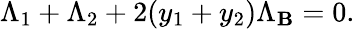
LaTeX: \Lambda_{1}+\Lambda_{2}+2(y_{1}+y_{2})\Lambda_{\mathbf{B}}=0.